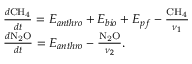
\begin{array} { r l } & { \frac { d \ensuremath { \mathrm { C H _ { 4 } } } } { d t } = E _ { a n t h r o } + E _ { b i o } + E _ { p f } - \frac { \ensuremath { \mathrm { C H _ { 4 } } } } { \nu _ { 1 } } } \\ & { \frac { d \ensuremath { \mathrm { N _ { 2 } O } } } { d t } = E _ { a n t h r o } - \frac { \ensuremath { \mathrm { N _ { 2 } O } } } { \nu _ { 2 } } . } \end{array}